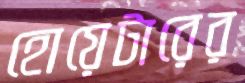
হোয়েটারের